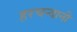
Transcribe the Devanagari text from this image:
हरचन्दानी